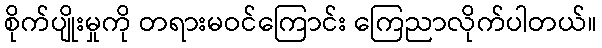
စိုက်ပျိုးမှုကို တရားမဝင်ကြောင်း ကြေညာလိုက်ပါတယ်။